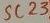
Text: SC239